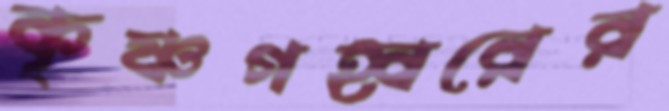
কৃষ্ণগহ্বরের